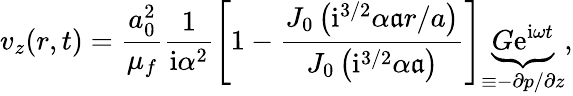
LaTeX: v_{z}(r,t)=\frac{a_{0}^{2}}{\mu_{f}}\frac{1}{\mathrm{i}\alpha^{2}}\left[1-\frac{J_{0}\left(\mathrm{i}^{3/2}{\alpha}\mathfrak{a}r/a\right)}{J_{0}\left(\mathrm{i}^{3/2}{\alpha}\mathfrak{a}\right)}\right]\underbrace{G\mathrm{e}^{\mathrm{i}\omega t}}_{\equiv-\partial p/\partial z},